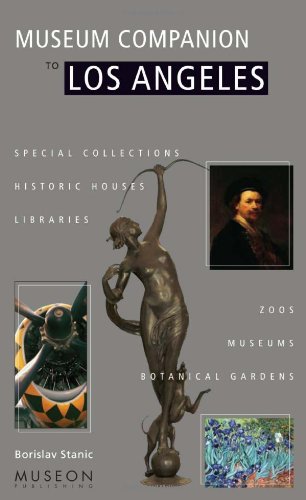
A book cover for Museum Companion to Los Angeles: A Guide to Museums, Historic Houses, Libraries, Special Collections, Botanical Gardens and Zoos in Los Angeles County; Borislav Stanic; Travel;